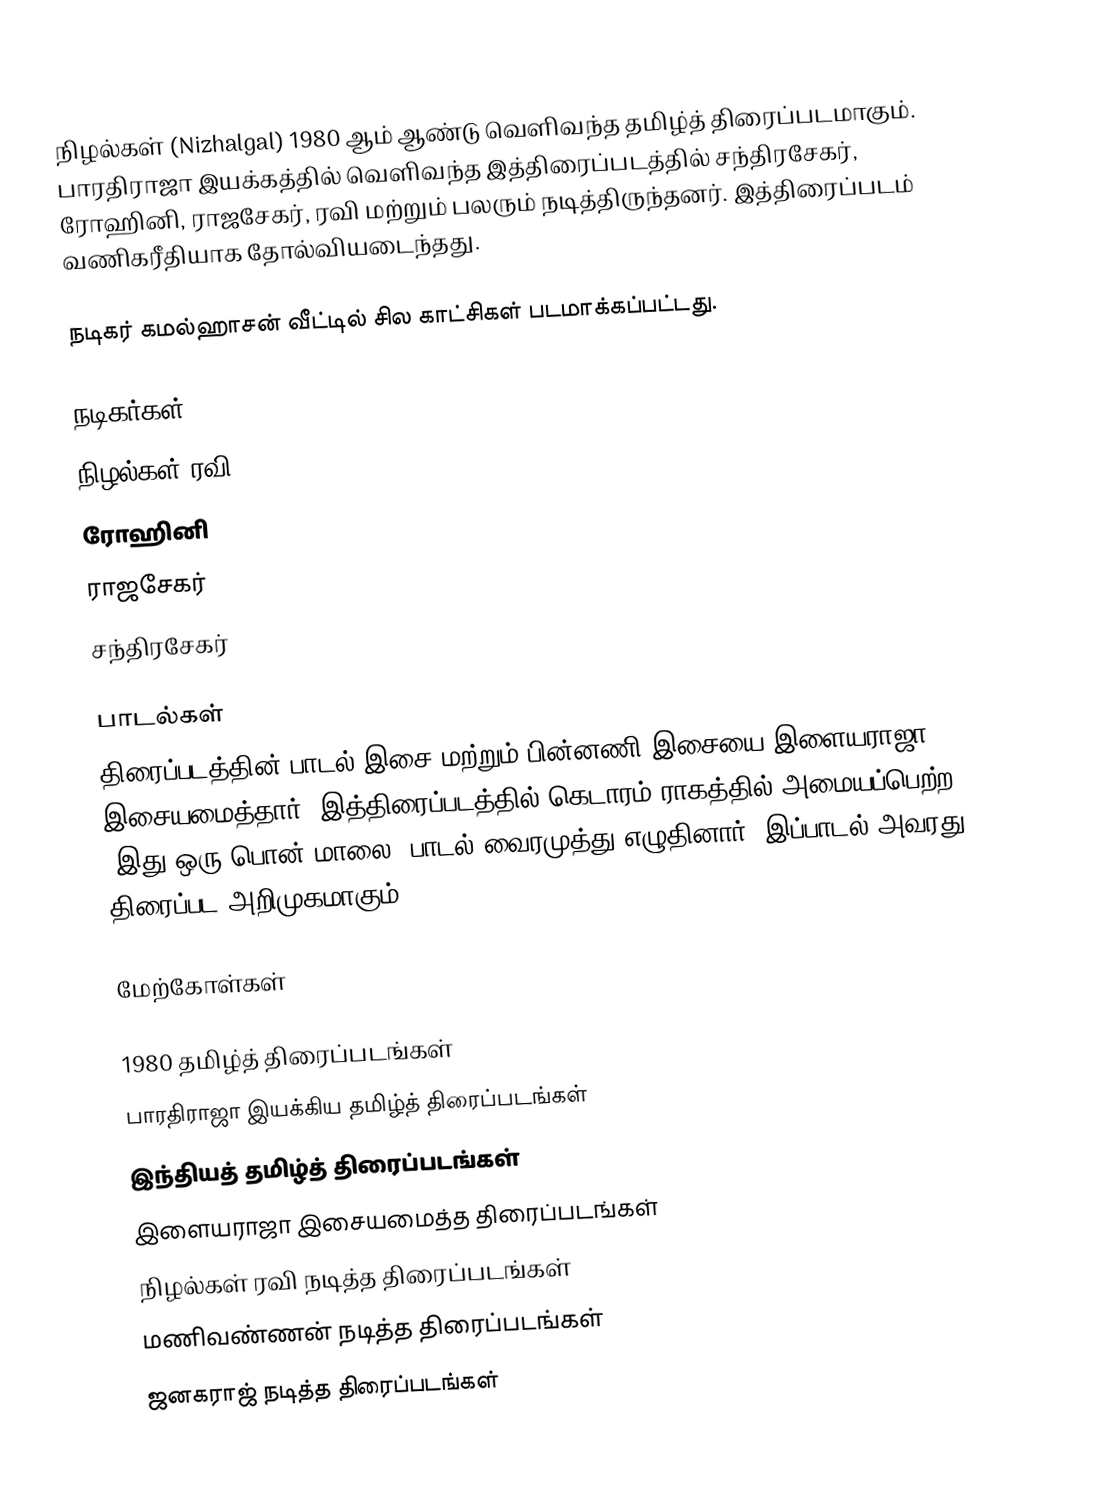
நிழல்கள் (Nizhalgal) 1980 ஆம் ஆண்டு வெளிவந்த தமிழ்த் திரைப்படமாகும். பாரதிராஜா இயக்கத்தில் வெளிவந்த இத்திரைப்படத்தில் சந்திரசேகர், ரோஹினி, ராஜசேகர், ரவி  மற்றும் பலரும் நடித்திருந்தனர். இத்திரைப்படம் வணிகரீதியாக தோல்வியடைந்தது.

நடிகர் கமல்ஹாசன் வீட்டில் சில காட்சிகள் படமாக்கப்பட்டது.

நடிகர்கள்
 நிழல்கள் ரவி
 ரோஹினி
 ராஜசேகர்
 சந்திரசேகர்

பாடல்கள்
திரைப்படத்தின் பாடல் இசை மற்றும் பின்னணி இசையை இளையராஜா இசையமைத்தார். இத்திரைப்படத்தில் கெடாரம் ராகத்தில் அமையப்பெற்ற "இது ஒரு பொன் மாலை" பாடல் வைரமுத்து எழுதினார், இப்பாடல் அவரது திரைப்பட அறிமுகமாகும்.

மேற்கோள்கள்

1980 தமிழ்த் திரைப்படங்கள்
பாரதிராஜா இயக்கிய தமிழ்த் திரைப்படங்கள்
இந்தியத் தமிழ்த் திரைப்படங்கள்
இளையராஜா இசையமைத்த திரைப்படங்கள்
நிழல்கள் ரவி நடித்த திரைப்படங்கள்
மணிவண்ணன் நடித்த திரைப்படங்கள்
ஜனகராஜ் நடித்த திரைப்படங்கள்